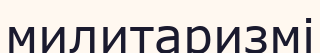
милитаризмі